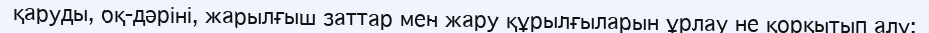
қаруды, оқ-дәріні, жарылғыш заттар мен жару құрылғыларын ұрлау не қорқытып алу;